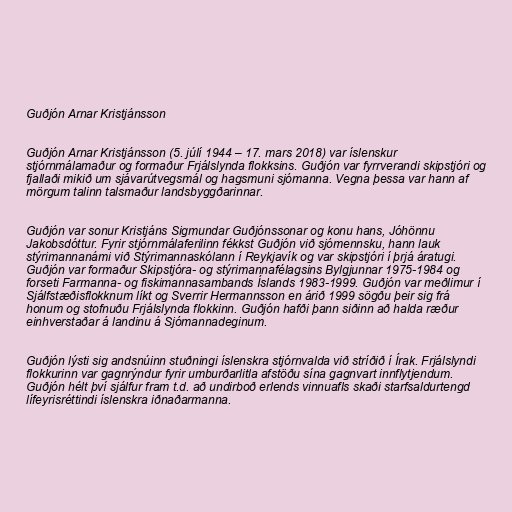
Guðjón Arnar Kristjánsson

Guðjón Arnar Kristjánsson (5. júlí 1944 – 17. mars 2018) var íslenskur
stjórnmálamaður og formaður Frjálslynda flokksins. Guðjón var fyrrverandi skipstjóri og
fjallaði mikið um sjávarútvegsmál og hagsmuni sjómanna. Vegna þessa var hann af
mörgum talinn talsmaður landsbyggðarinnar.

Guðjón var sonur Kristjáns Sigmundar Guðjónssonar og konu hans, Jóhönnu
Jakobsdóttur. Fyrir stjórnmálaferilinn fékkst Guðjón við sjómennsku, hann lauk
stýrimannanámi við Stýrimannaskólann í Reykjavík og var skipstjóri í þrjá áratugi.
Guðjón var formaður Skipstjóra- og stýrimannafélagsins Bylgjunnar 1975-1984 og
forseti Farmanna- og fiskimannasambands Íslands 1983-1999. Guðjón var meðlimur í
Sjálfstæðisflokknum líkt og Sverrir Hermannsson en árið 1999 sögðu þeir sig frá
honum og stofnuðu Frjálslynda flokkinn. Guðjón hafði þann siðinn að halda ræður
einhverstaðar á landinu á Sjómannadeginum.

Guðjón lýsti sig andsnúinn stuðningi íslenskra stjórnvalda við stríðið í Írak. Frjálslyndi
flokkurinn var gagnrýndur fyrir umburðarlitla afstöðu sína gagnvart innflytjendum.
Guðjón hélt því sjálfur fram t.d. að undirboð erlends vinnuafls skaði starfsaldurtengd
lífeyrisréttindi íslenskra iðnaðarmanna.